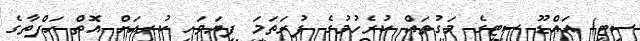
ސިޓީ) އައްޑޫ ސިޓީގެ މަގުތައް ކުރެހުމުގެ ފުރަތަމަ ފިޔަަވަހި ކުރިއަށް އޮތް ހަފްތާގެ